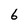
Character: 6